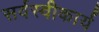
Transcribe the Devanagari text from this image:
सर्वस्वीकार्य